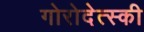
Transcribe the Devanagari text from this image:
गोरोदेत्स्की